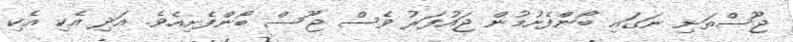
ޖޫސްތަށި ނަގައި ބޯންފެށުމުން ޖައުފަރު ވެސް ޖޫސް ބޯންފެށިއެވެ. އަދި އެކި އެކި